Scottish Leaving Certificate Examination, 1961
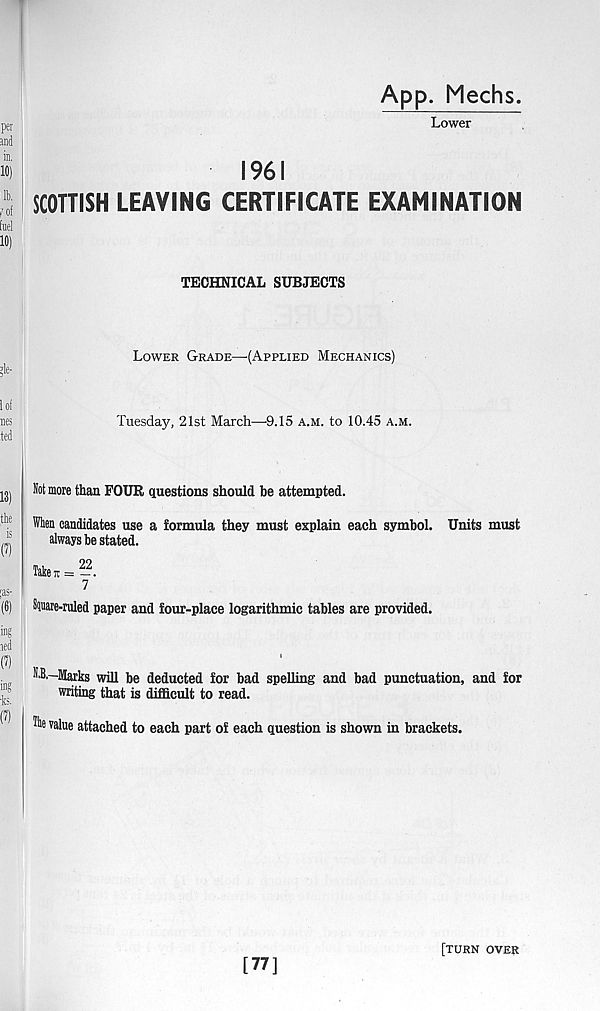
App. Mechs.
Lower
1961
SCOTTISH LEAVING CERTIFICATE EXAMINATION
TECHNICAL SUBJECTS
Lower Grade—-(Applied Mechanics)
Tuesday, 21st March—9.15 a.m. to 10.45 a.m.
Not more than FOUR questions should he attempted.
When candidates use a formula they must explain each symbol. Units must
always be stated.
Taken = ??.
7
Square-ruled paper and four-place logarithmic tables are provided.
i
N,B,-Marks will be deducted for bad spelling and bad punctuation, and for
writing that is difficult to read.
^e value attached to each part of each question is shown in brackets.
[77]
[turn over